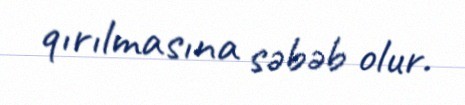
qırılmasına səbəb olur.